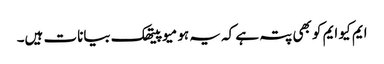
ایم کیو ایم کو بھی پتہ ہے کہ یہ ہومیو پیتھک بیانات ہیں۔